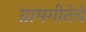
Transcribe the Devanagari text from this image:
ग्रामगीतेचे